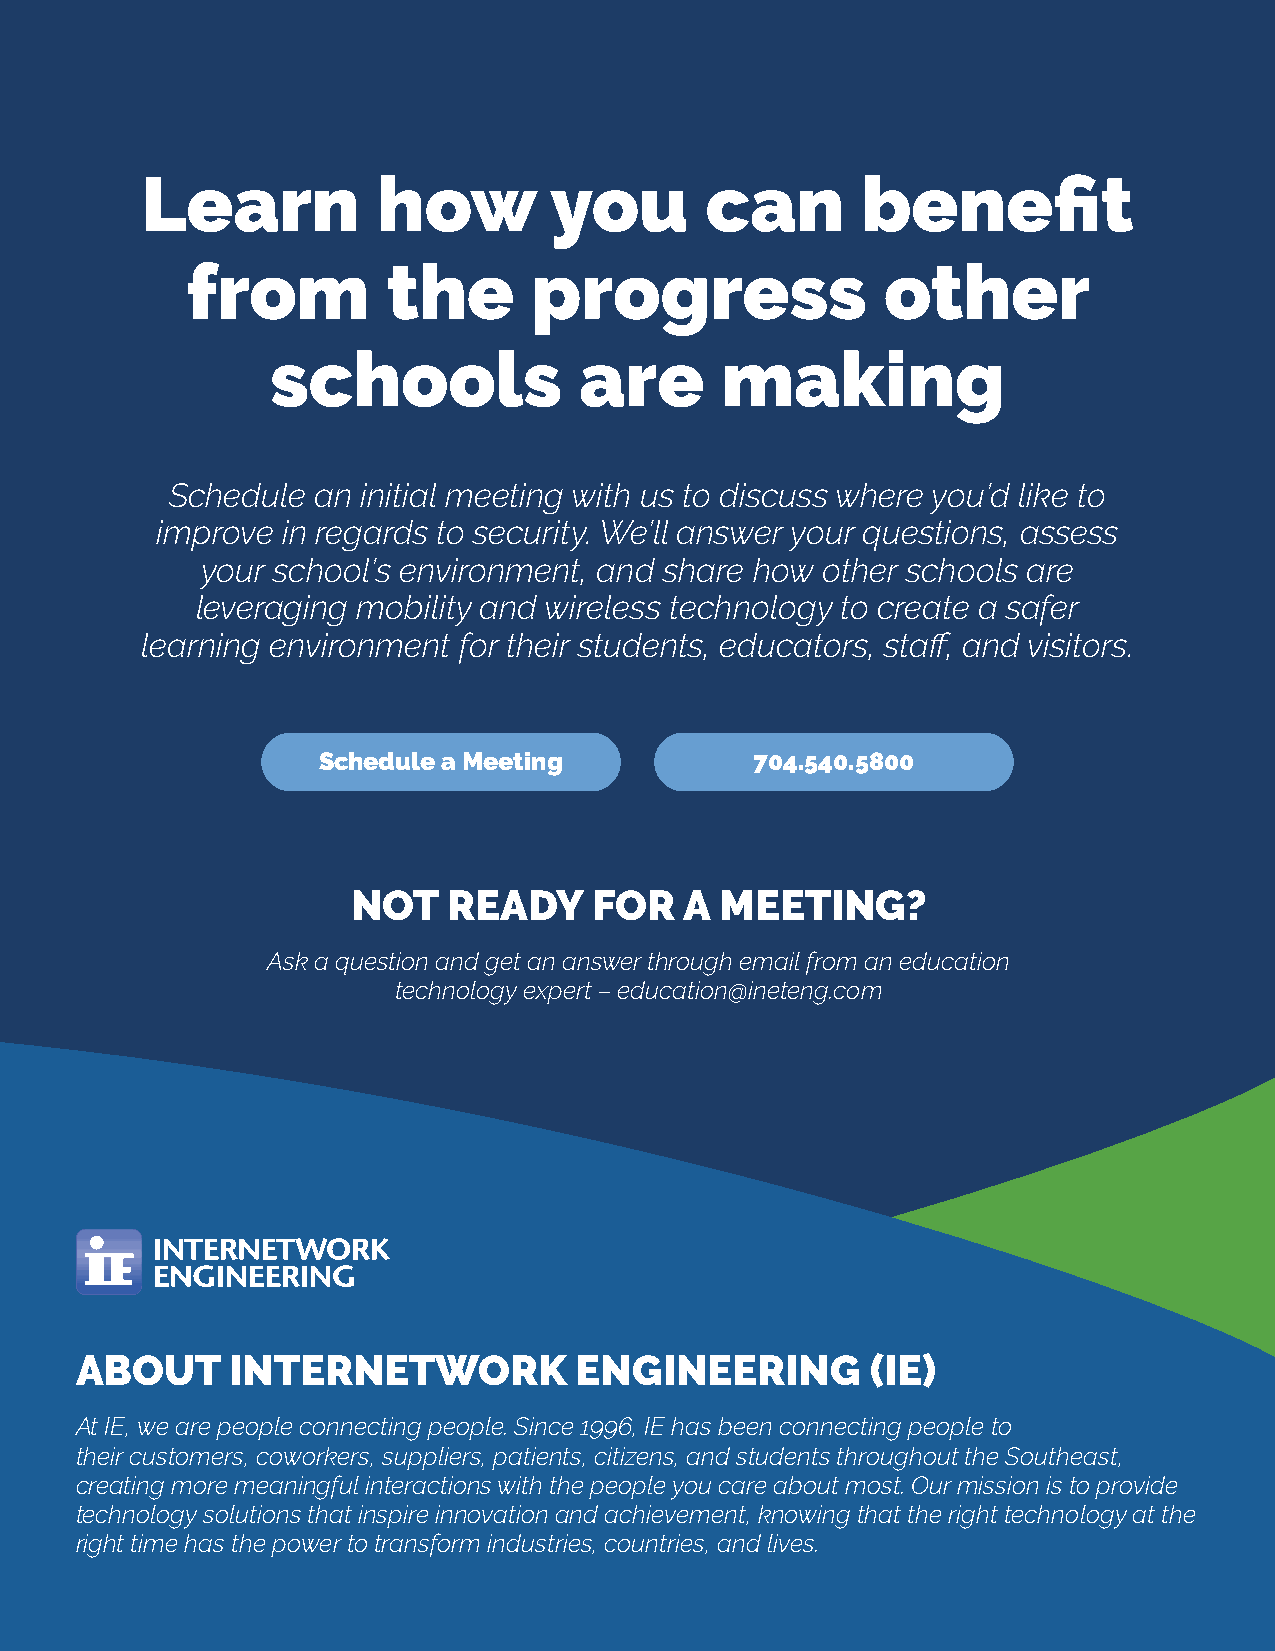
Learn           how        you        can       benefit
 from          the      progress                other
 schools             are       making
 Schedule  an initial meeting with us to discuss where you’d like to
 improve  in regards to security. We’ll answer your questions, assess
 your school’s environment, and share how other schools are
 leveraging mobility and wireless technology to create a safer
 learning environment for their students, educators, staff, and visitors.
 Schedule a Meeting           704.540.5800
 NOT    READY    FOR   A  MEETING?
 Ask a question and get an answer through email from an education
 technology expert – education@ineteng.com
 ABOUT     INTERNETWORK           ENGINEERING         (IE)
 At IE, we are people connecting people. Since 1996, IE has been connecting people to
 their customers, coworkers, suppliers, patients, citizens, and students throughout the Southeast,
 creating more meaningful interactions with the people you care about most. Our mission is to provide
 technology solutions that inspire innovation and achievement, knowing that the right technology at the
 right time has the power to transform industries, countries, and lives.